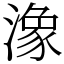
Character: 潒